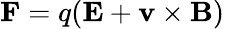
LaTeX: \mathbf{F}=q(\mathbf{E}+\mathbf{v}\times\mathbf{B})